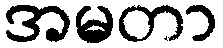
အမတာ